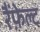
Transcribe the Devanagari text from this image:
रैंफ़ेल्ट